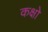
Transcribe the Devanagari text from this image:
कक्षो